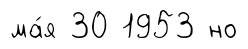
ма́я 30 1953 но